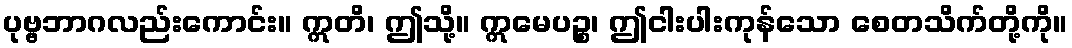
ပုဗ္ဗဘာဂလည်းကောင်း။ ဣတိ၊ ဤသို့။ ဣမေပဉ္စ၊ ဤငါးပါးကုန်သော စေတသိက်တို့ကို။